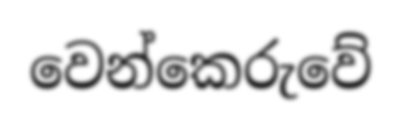
වෙන්කෙරුවේ